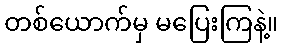
တစ်ယောက်မှ မပြေးကြနဲ့။